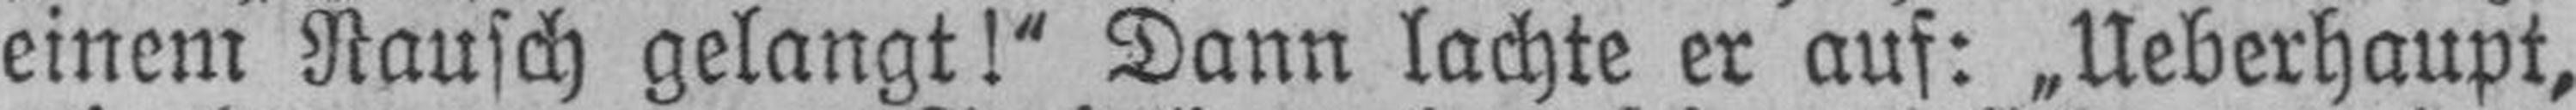
einem Rausch gelangt!“ Dann lachte er auf: „Ueberhaupt,